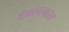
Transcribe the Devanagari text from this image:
वैफल्यग्रस्त